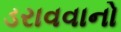
ડરાવવાનો